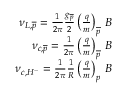
\begin{array} { r } { \nu _ { L , \overline { { p } } } = \frac { 1 } { 2 \pi } \frac { g _ { \overline { { p } } } } { 2 } \left( \frac { q } { m } \right) _ { \overline { { p } } } \, B } \\ { \nu _ { c , \overline { { p } } } = \frac { 1 } { 2 \pi } \left( \frac { q } { m } \right) _ { \overline { { p } } } \, B } \\ { \nu _ { c , H ^ { - } } = \frac { 1 } { 2 \pi } \frac { 1 } { R } \left( \frac { q } { m } \right) _ { p } \, B } \end{array}